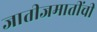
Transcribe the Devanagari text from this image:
जातीजमातींची